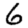
Digit: 6